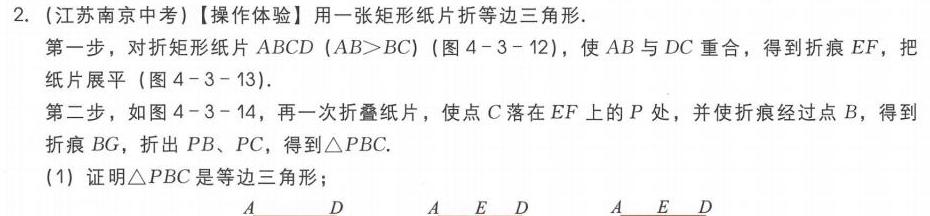
2. (江苏南京中考)【操作体验】用一张矩形纸片折等边三角形.
第一步，对折矩形纸片 \(ABCD\) (\(AB > BC\)) (图 4 - 3 - 12)，使 \(AB\) 与 \(DC\) 重合，得到折痕 \(EF\)，把
纸片展平 (图 4 - 3 - 13).
第二步，如图 4 - 3 - 14，再一次折叠纸片，使点 \(C\) 落在 \(EF\) 上的 \(P\) 处，并使折痕经过点 \(B\)，得到
折痕 \(BG\)，折出 \(PB\)、\(PC\)，得到\(\triangle PBC\).
(1) 证明\(\triangle PBC\)是等边三角形；